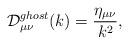
LaTeX: \begin{align*}{\cal D}^{ghost}_{{\mu}{\nu}}(k)=\frac{\eta_{{\mu}{\nu}}}{k^2},\end{align*}